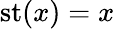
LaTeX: \operatorname{st}(x)=x